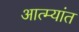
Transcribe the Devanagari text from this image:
आत्म्यांत